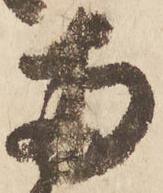
両